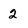
Character: 2